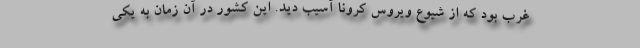
غرب بود که از شیوع ویروس کرونا آسیب دید. این کشور در آن زمان به یکی